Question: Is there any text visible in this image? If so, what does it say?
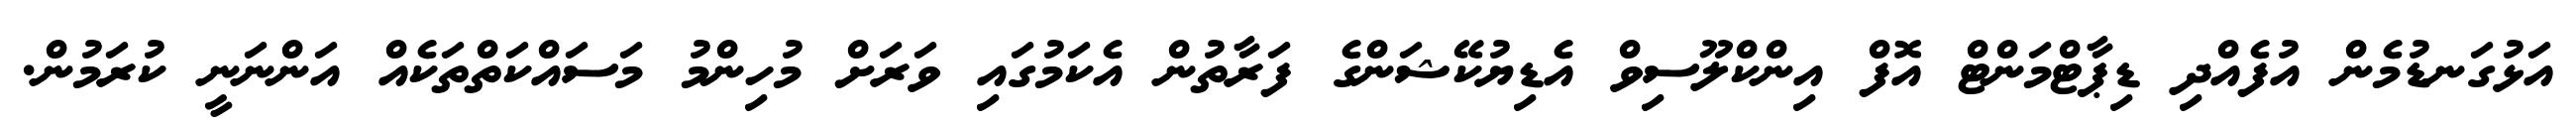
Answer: އަޅުގަނޑުމެން އުފެއްދި ޑިޕާޓްމަންޓް އޮފް އިންކްލޫސިވް އެޑިޔުކޭޝަންގެ ފަރާތުން އެކަމުގައި ވަރަށް މުހިންމު މަސައްކަތްތަކެއް އަންނަނީ ކުރަމުން.